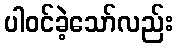
ပါဝင်ခဲ့သော်လည်း